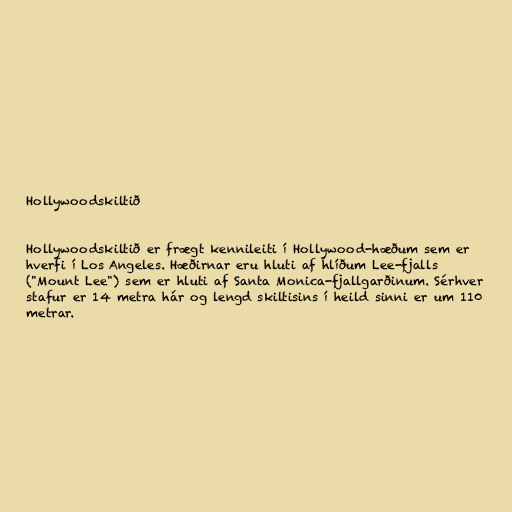
Hollywoodskiltið

Hollywoodskiltið er frægt kennileiti í Hollywood-hæðum sem er
hverfi í Los Angeles. Hæðirnar eru hluti af hlíðum Lee-fjalls
("Mount Lee") sem er hluti af Santa Monica-fjallgarðinum. Sérhver
stafur er 14 metra hár og lengd skiltisins í heild sinni er um 110
metrar.